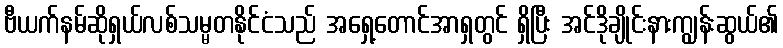
ဗီယက်နမ်ဆိုရှယ်လစ်သမ္မတနိုင်ငံသည် အရှေ့တောင်အာရှတွင် ရှိပြီး အင်ဒိုချိုင်းနားကျွန်းဆွယ်၏